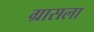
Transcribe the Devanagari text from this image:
ग्रासला